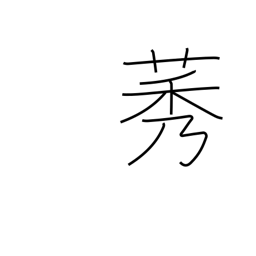
Meaning: type of weed which resembles rice